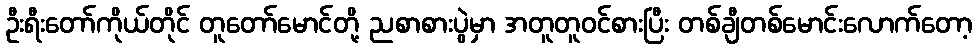
ဦးရီးတော်ကိုယ်တိုင် တူတော်မောင်တို့ ညစာစားပွဲမှာ အတူတူဝင်စားပြီး တစ်ချီတစ်မောင်းလောက်တော့